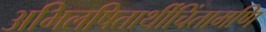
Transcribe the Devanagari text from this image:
अभिलषितार्थीचिंतामणि